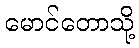
မောင်တောသို့